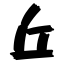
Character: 丘